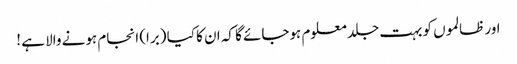
اور ظالموں کو بہت جلد معلوم ہوجائے گا کہ ان کا کیا (برا) انجام ہونے والا ہے !